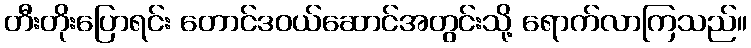
တီးတိုးပြောရင်း တောင်ဒဝယ်ဆောင်အတွင်းသို့ ရောက်လာကြသည်။